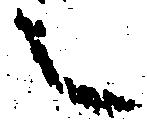
之